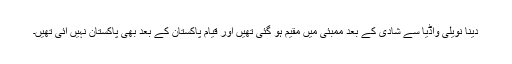
دینا نویلی واڈیا سے شادی کے بعد ممبئی میں مقیم ہو گئی تھیں اور قیام پاکستان کے بعد بھی پاکستان نہیں آئی تھیں۔